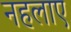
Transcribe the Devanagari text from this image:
नहलाए